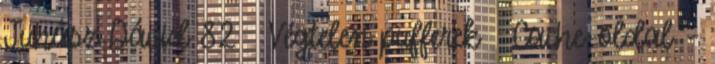
Juhász Dávid 82 Végtelen pufferek ● Cache-oldal –